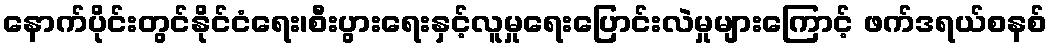
နောက်ပိုင်းတွင်နိုင်ငံရေး၊စီးပွားရေးနှင့်လူမှုရေးပြောင်းလဲမှုများကြောင့် ဖက်ဒရယ်စနစ်